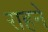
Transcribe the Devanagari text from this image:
राहने